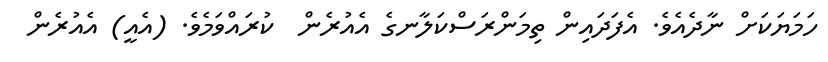
ހަމަޔަކަށް ނާދެއެވެ. އެފަދައިން ތިމަންރަސްކަލާނގެ އެއުރެން  ކުރައްވަމެވެ. (އެއީ) އެއުރެން